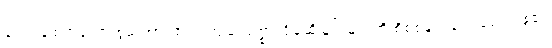
ကျော်ချစ်ကတော့ စွမ်းအားထက် ကျမ်းသစ္စာကျိန်ဆိုခြင်းများကို စိစစ်ရွေးချယ်ရေးအဖွဲ့၏